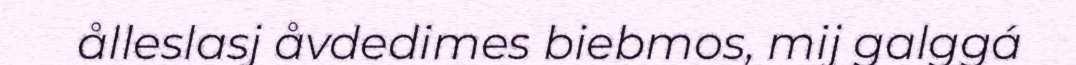
ålleslasj åvdedimes biebmos, mij galggá